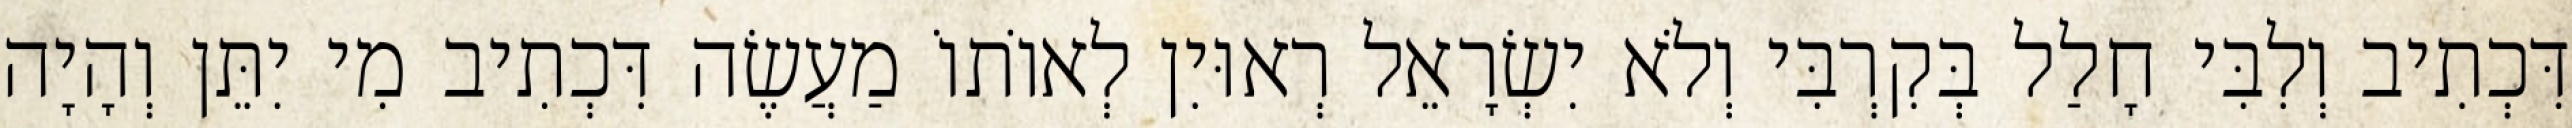
דִּכְתִיב וְלִבִּי חָלַל בְּקִרְבִּי וְלֹא יִשְׂרָאֵל רְאוּיִן לְאוֹתוֹ מַעֲשֶׂה דִּכְתִיב מִי יִתֵּן וְהָיָה